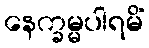
နေက္ခမ္မပါရမိံ